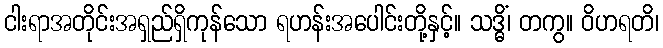
ငါးရာအတိုင်းအရှည်ရှိကုန်သော ရဟန်းအပေါင်းတို့နှင့်။ သဒ္ဓိံ၊ တကွ။ ဝိဟရတိ၊